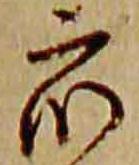
衆